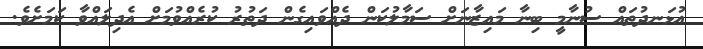
އުޅަނދުތައް ސުނާމީ ބިނާ މައިޒާނަށް ސަމާލުކަން ދެއްވައިގެން ދަތުރު ކުރެއްވުމަށް އެދިލައްވާ ކަމަށެވެ.